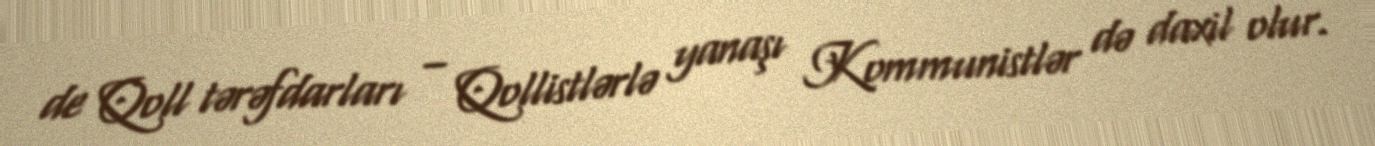
de Qoll tərəfdarları – Qollistlərlə yanaşı Kommunistlər də daxil olur.